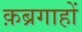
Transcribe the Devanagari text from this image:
क़ब्रगाहों